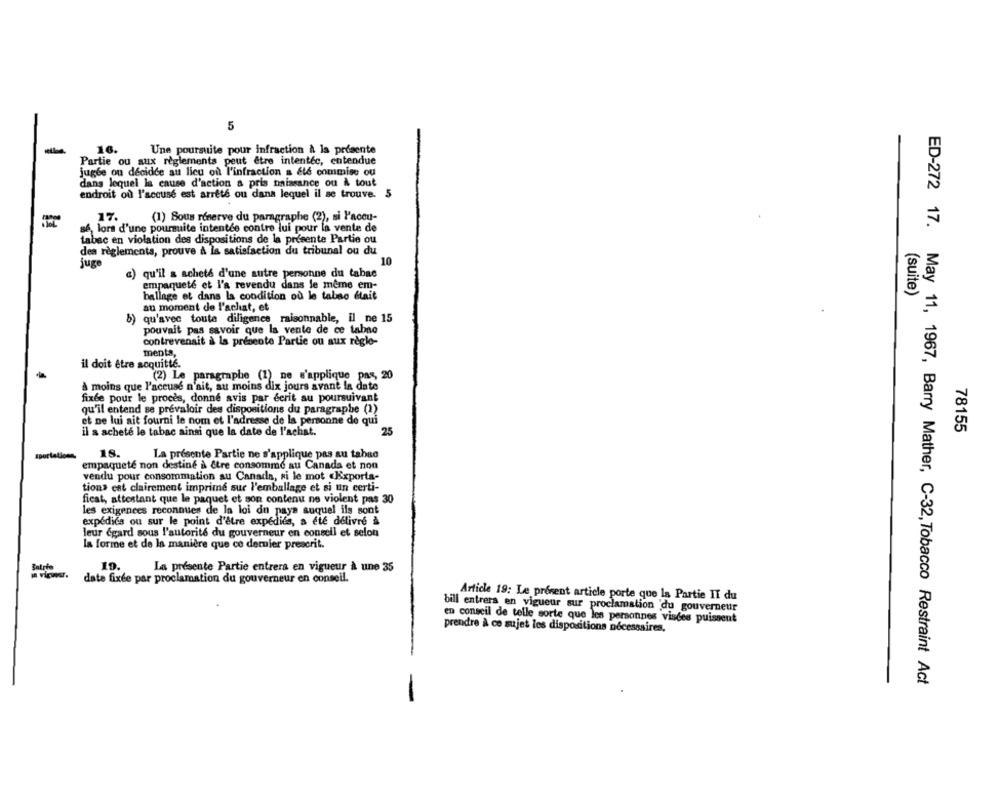
5
16.
Une poursuite pour infraction & la présente
Partie ou aux règlements peut être intentéc, entendue
jugée ou décidée au lieu où l'infraction a été commise ou
dans lequel la cause d'action a pris naissance ou A tout
endroit où l'accusé est arrêté ou dans lequel il se trouve. 5
17.
(1) Sous réserve du paragraphe (2), si l'aceu-
sé, lors d'une poursuite intentée contre lui pour la vente de
tabac en violation des dispositions de la presente Partie ou
dea règlements, prouve à la satisfaction du tribunal ou du
juge
10
qu'il a acheté d'une autre personne du tabac
c)
empaqueté et l'a revendu dans le même em-
ballage et dans la condition où le tabno était
(suite)
au moment de l'achat, et
b) qu'avec toute diligence raisonnable, il ne 15
pouvait pas savoir que Is vente de ce tabac
contrevenait à la présente Partie ou aux règle-
ments,
il doit être soquitte.
(2) Le paragraphe (1) ne s'applique pas, 20
à moins que l'accusé n'ait, au moins dix jours avant la date
fixée pour le proces, donne avis par écrit au poursuivant
qu'il entend se prévaloir des dispositions du paragraphe (1)
et ne lui ait fourni le nom et l'adresse de la personne de qui
il a acheté le tabac ainsi que la date de l'achat.
25
78155
18.
La presente Partie ne s'applique pas au tabac
empaqueté non destiné à être consomme au Canada et non
vendu pour consommation au Canada, si le mot «Exporta-
tion» est clairement imprimé sur l'emballage et si un certi-
ficat, attestant que le paquet et son contenu ne violent pas 30
les exigences reconnues de la loi du pays auquel ils sont
expédiés ou sur le point d'être expédiés, a été délivré à
leur égard sous l'autorité du gouverneur en conseil et selon
la forme et de la manière que ce dernier prescrit.
Satrée
19.
La présente Partie entrera en vigueur à une 35
- viwww.
date fixée par proclamation du gouverneur en conseil.
Article 19: Le présent article porte que la Partie II du
bill entrers en vigueur sur proclamation du gouverneur
en conseil de telle sorte que les personnes visées puissent
prendre à ce sujet les dispositions nécessaires,
ED-272 17. May 11, 1967, Barry Mather, C-32, Tobacco Restraint Act